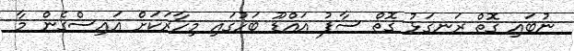
ނުބައި ގޮތް ރަނގަޅު ގޮތް ސާފު އައްޑޫ ބަހުގައި މިހާރަކަށް އައިސްގެން މާ